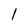
Character: 1